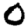
Digit: 0